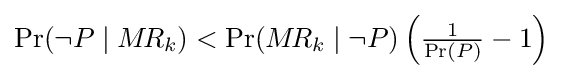
\Pr(\lnot P\mid M\!R_{k})<\Pr(M\!R_{k}\mid \lnot P)\left({\tfrac {1}{\Pr(P)}}-1\right)